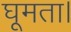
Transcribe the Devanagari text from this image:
घूमता।